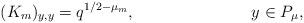
LaTeX: \begin{align*}(K_m)_{y,y} = q^{1/2 - \mu_m},&&y \in P_{\mu},\end{align*}